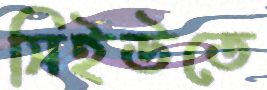
সিইউতে